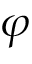
\varphi